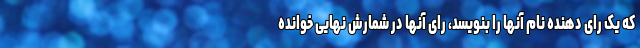
که یک رای دهنده نام آنها را بنویسد، رای آنها در شمارش نهایی خوانده